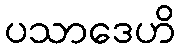
ပသာဒေဟိ